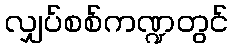
လျှပ်စစ်ကဏ္ဍတွင်